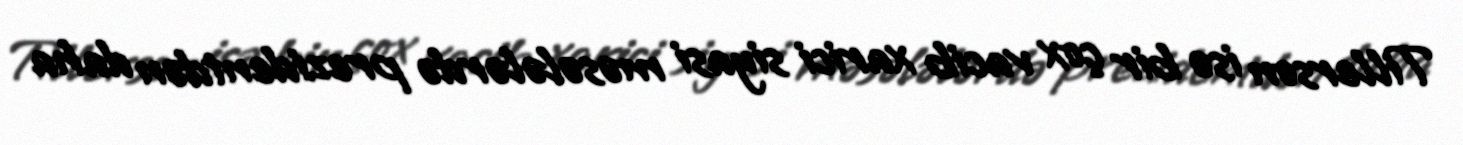
Tillerson isə bir çox vacib xarici siyasi məsələlərdə prezidentdən daha